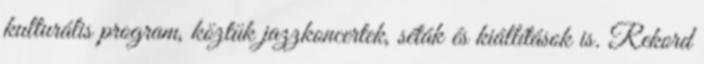
kulturális program, köztük jazzkoncertek, séták és kiállítások is. Rekord